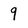
Character: 9